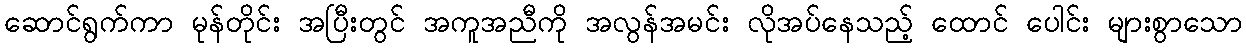
ဆောင်ရွက်ကာ မုန်တိုင်း အပြီးတွင် အကူအညီကို အလွန်အမင်း လိုအပ်နေသည့် ထောင် ပေါင်း များစွာသော